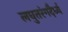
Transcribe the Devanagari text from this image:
लघुतरंगदैर्ध्य